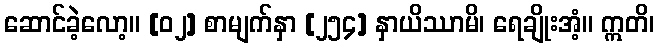
ဆောင်ခဲ့လော့။ [၀၂] စာမျက်နှာ [၂၅၄] နှာယိဿာမိ၊ ရေချိုးအံ့။ ဣတိ၊